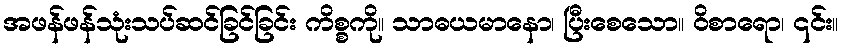
အဖန်ဖန်သုံးသပ်ဆင်ခြင်ခြင်း ကိစ္စကို။ သာဓယမာနော၊ ပြီးစေသော။ ဝိစာရော၊ ၎င်း။